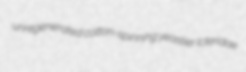
unregenerated cotton-spinning yeastier Icteridae